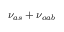
\nu _ { a s } + \nu _ { o a b }